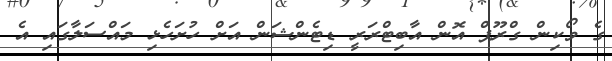
ގެ ވޯކިން ގްރޫޕް އޮން އާބިޓްރަރީ ޑިޓެންޝަން އަށް ހުށަހެޅި މައްސަލާގައި އެ